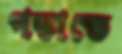
পস্তাতে